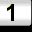
Digit: 1